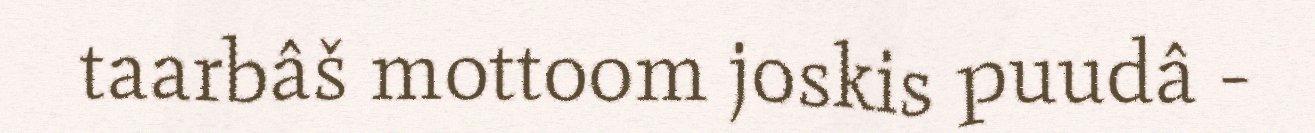
taarbâš mottoom joskis puudâ -